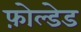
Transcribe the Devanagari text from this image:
फ़ोल्डेड